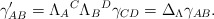
\begin{align*}\gamma _{AB}^{\prime }=\Lambda _{A}{}^{C}\Lambda _{B}{}^{D}\gamma_{CD}=\Delta _{{\small \Lambda }}\gamma _{AB}. \end{align*}